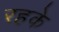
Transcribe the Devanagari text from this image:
रहके